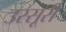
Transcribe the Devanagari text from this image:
उस्सूरी